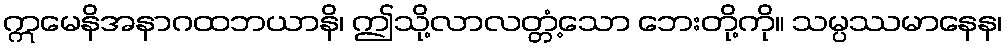
ဣမေနိအနာဂထဘယာနိ၊ ဤသို့လာလတ္တံ့သော ဘေးတို့ကို။ သမ္ပဿမာနေန၊